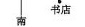
南书店